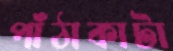
পাঁঠাকাটা